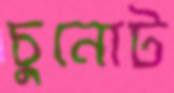
চুনোট